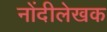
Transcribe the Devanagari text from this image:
नोंदीलेखक